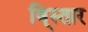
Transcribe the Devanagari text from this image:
वि्स्तार